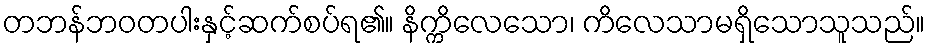
တဘန်ဘဝတပါးနှင့်ဆက်စပ်ရ၏။ နိက္ကိလေသော၊ ကိလေသာမရှိသောသူသည်။